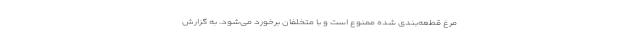
مرغ قطعه‌بندی شده ممنوع است و با متخلفان برخورد می‌شود. به گزارش